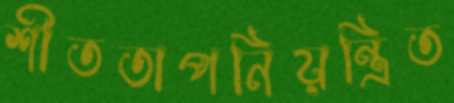
শীততাপনিয়ন্ত্রিত